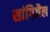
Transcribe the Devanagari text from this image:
सांगिजैल